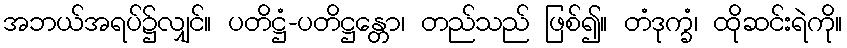
အဘယ်အရပ်၌လျှင်။ ပတိဋ္ဌံ-ပတိဋ္ဌန္တော၊ တည်သည် ဖြစ်၍။ တံဒုက္ခံ၊ ထိုဆင်းရဲကို။